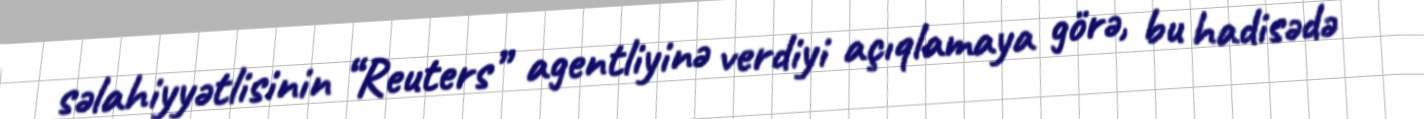
səlahiyyətlisinin “Reuters” agentliyinə verdiyi açıqlamaya görə, bu hadisədə